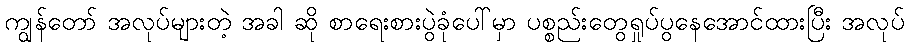
ကျွန်တော် အလုပ်များတဲ့ အခါ ဆို စာရေးစားပွဲခုံပေါ်မှာ ပစ္စည်းတွေရှုပ်ပွနေအောင်ထားပြီး အလုပ်